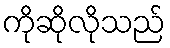
ကိုဆိုလိုသည်